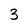
Character: 3